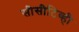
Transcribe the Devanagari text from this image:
सीसीटिव्ही